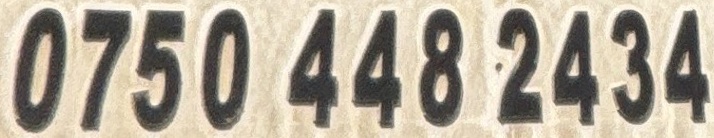
0750 448 2434